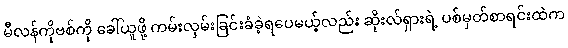
မီလန်ကိုဗစ်ကို ခေါ်ယူဖို့ ကမ်းလှမ်းခြင်းခံခဲ့ရပေမယ့်လည်း ဆိုးလ်ရှားရဲ့ ပစ်မှတ်စာရင်းထဲက